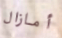
أمازال